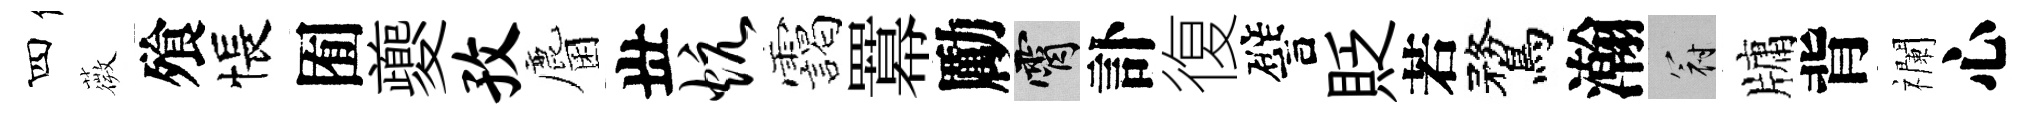
四薇飱悵囿夔孜麕丗炕靄羃勵霄訃復譬貶若鶩瀚冠牗背襴心